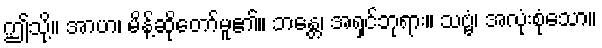
ဤသို့။ အာဟ၊ မိန့်ဆိုတော်မူ၏။ ဘန္တေ၊ အရှင်ဘုရား။ သဗ္ဗံ၊ အလုံးစုံသော။